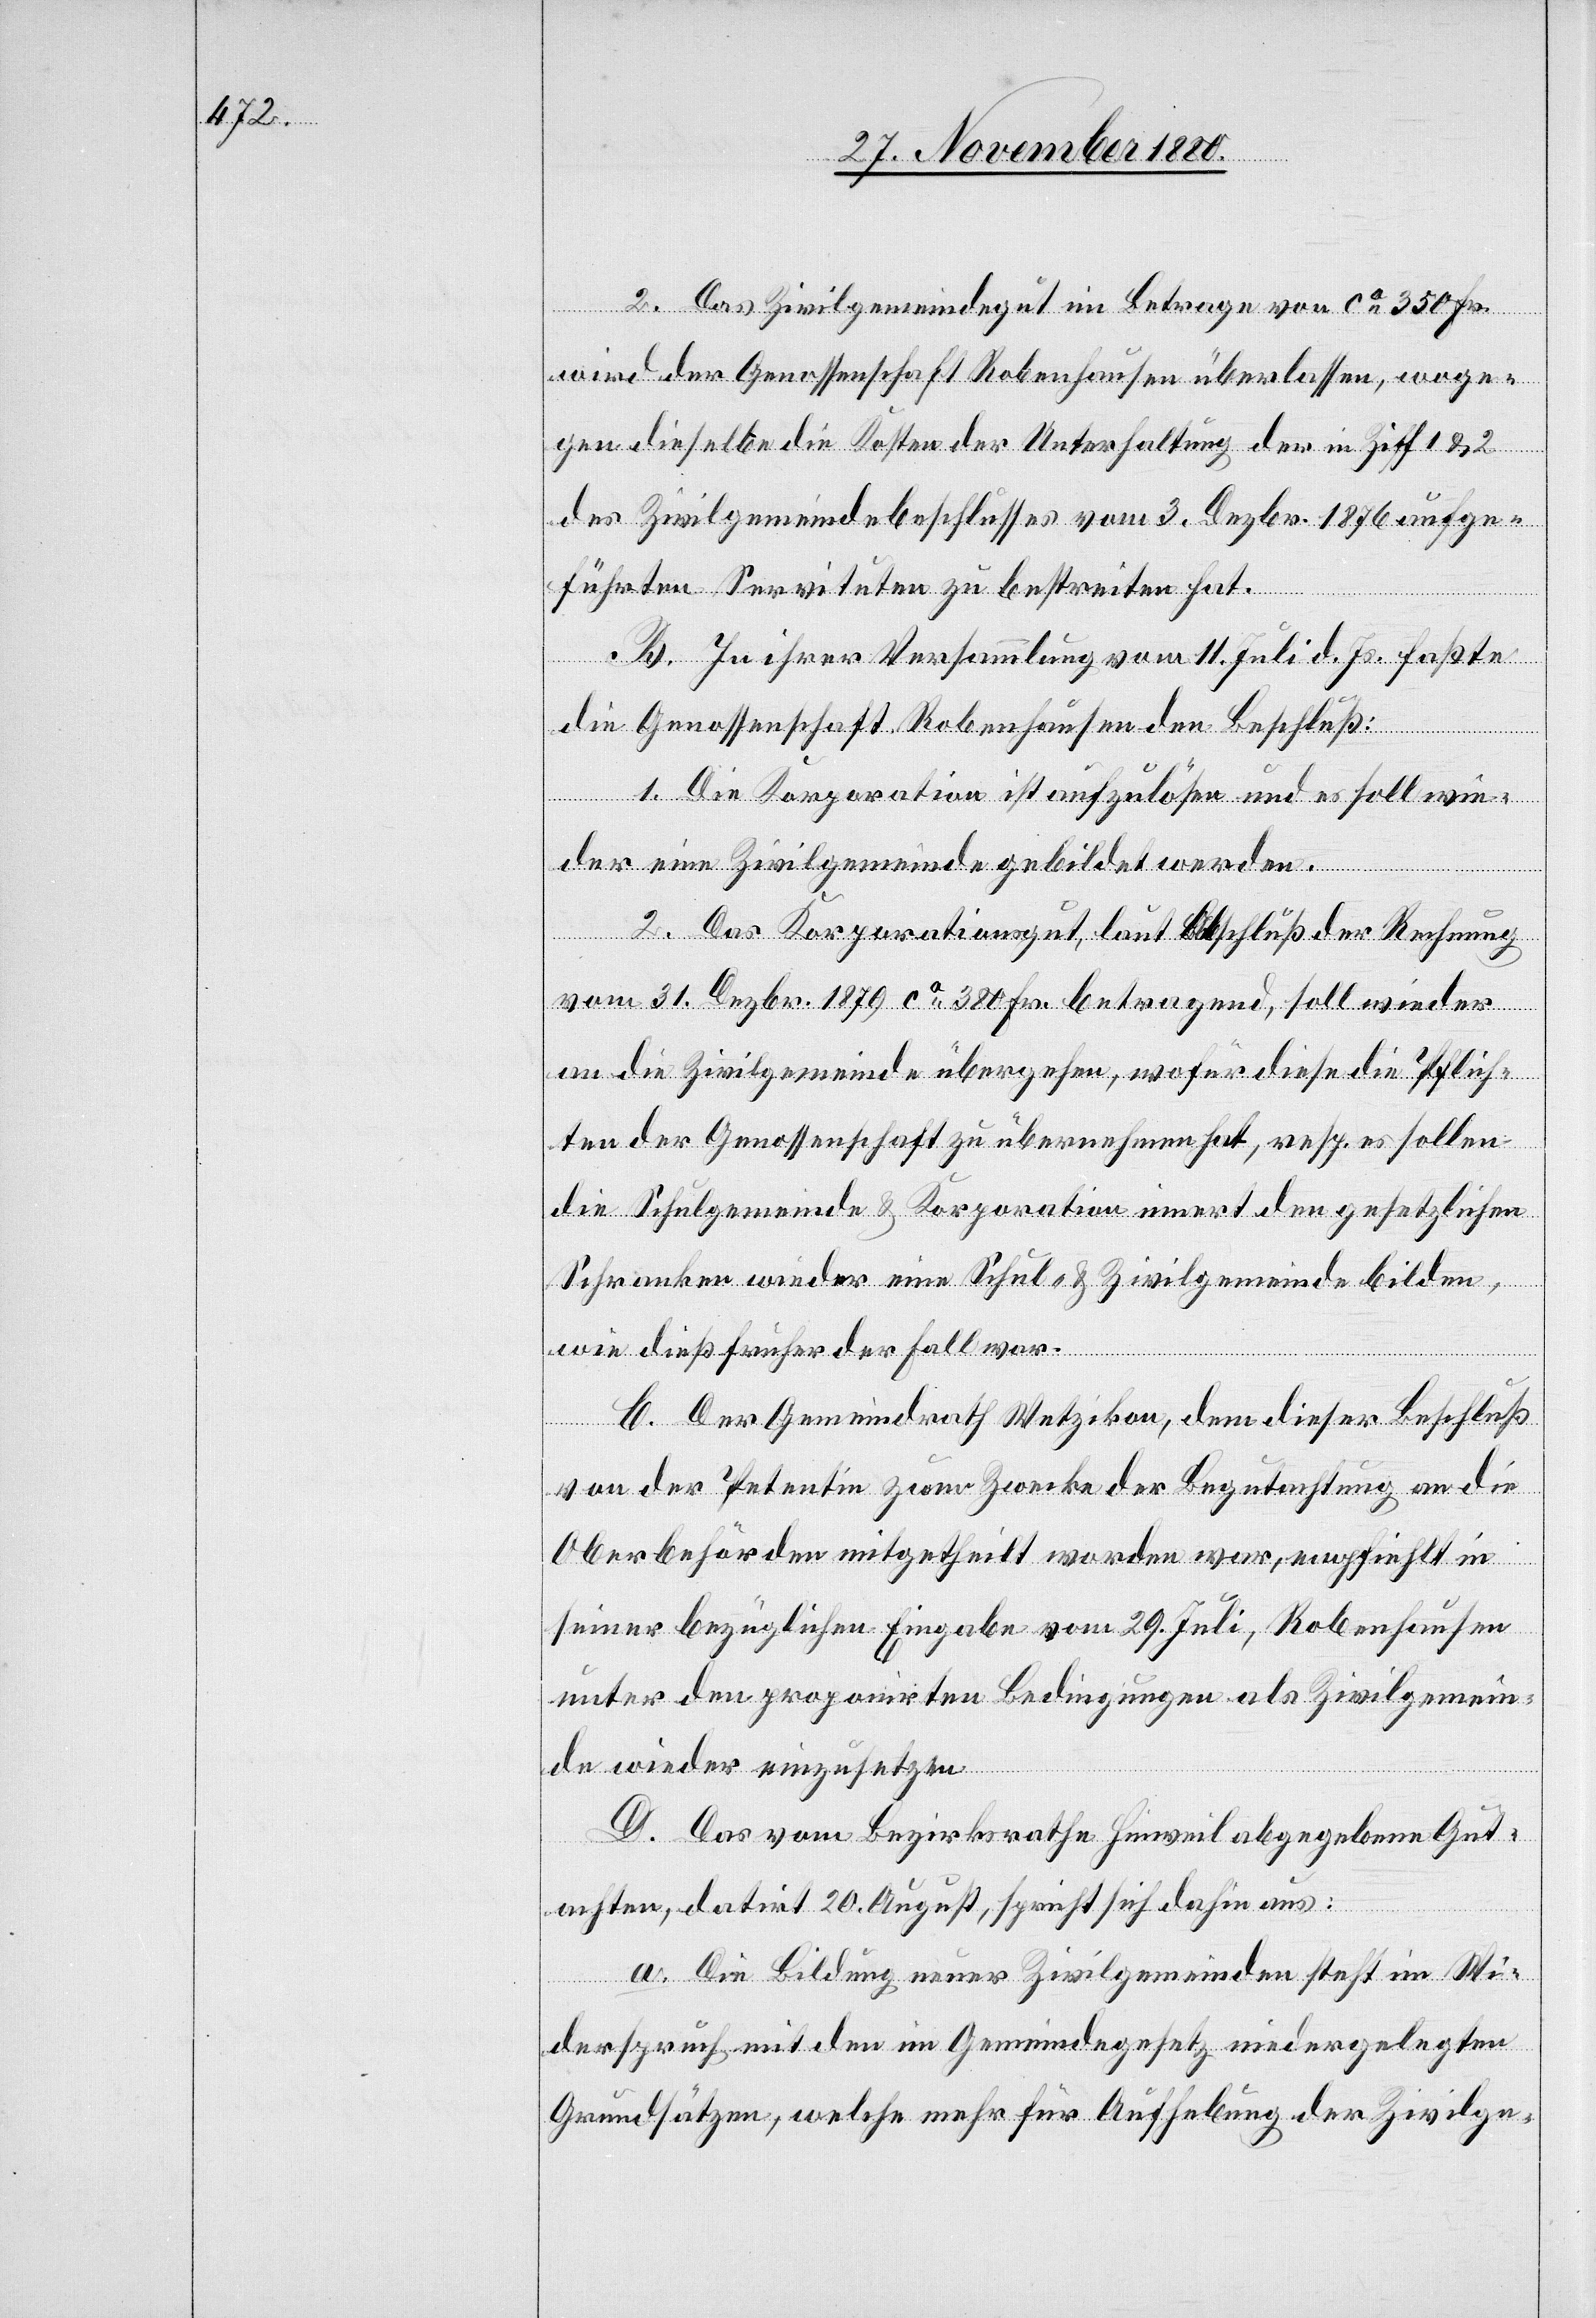
2. Das Zivilgemeindegut im Betrage von ca 350 Fr.
wird der Genossenschaft Robenhausen überlassen, woge¬
gen dieselbe die Kosten der Unterhaltung der in Ziff. 1 & 2
des Zivilgemeindebeschlusses vom 3. Dezbr. 1876 aufge¬
führten Servituten zu bestreiten hat.
B. In ihrer Versammlung vom 11. Juli d. Js. faßte
die Genossenschaft Robenhausen den Beschluß:
1. Die Korporation ist aufzulösen und es soll wie¬
der eine Zivilgemeinde gebildet werden.
2. Das Korporationsgut, laut Abschluß der Rechnung
vom 31. Dezbr. 1879 ca 380 Fr. betragend, soll wieder
an die Zivilgemeinde übergehen, wofür diese die Pflich¬
ten der Genossenschaft zu übernehmen hat, resp. es sollen
die Schulgemeinde & Korporation innert den gesetzlichen
Schranken wieder eine Schul- & Zivilgemeinde bilden,
wie dieß früher der Fall war.
C. Der Gemeindrath Wetzikon, dem dieser Beschluß
von der Petentin zum Zwecke der Begutachtung an die
Oberbehörden mitgetheilt worden war, empfiehlt in
seiner bezüglichen Eingabe vom 29. Juli, Robenhausen
unter den proponirten Bedingungen als Zivilgemein¬
de wieder einzusetzen.
D. Das vom Bezirksrathe Hinweil abgegebene Gut¬
achten, datirt 20. August, spricht sich dahin aus:
a. Die Bildung neuer Zivilgemeinden steht im Wi¬
derspruch mit den im Gemeindegesetz niedergelegten
Grundsätzen, welche mehr für Aufhebung der Zivilge-